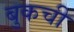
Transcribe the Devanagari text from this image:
बुकची